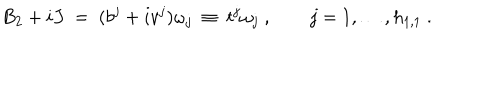
B _ { 2 } + i J \ = \ ( b ^ { j } + i v ^ { j } ) \omega _ { j } \ \equiv \ t ^ { j } \omega _ { j } \ , \qquad j = 1 , \ldots , h _ { 1 , 1 } \ .